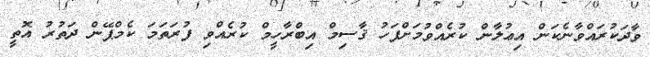
ވާދަކުރައްވާނެކަން އިޢުލާން ކުރެއްވުމަށްފަހު ޤާސިމް އިބްރާހީމް ކުރެއްވި ފުރަތަމަ ކެމްޕޭން ދަތުރު އޮތީ